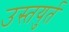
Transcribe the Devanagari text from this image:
उस्तयुर्त